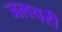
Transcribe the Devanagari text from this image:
जलचरी